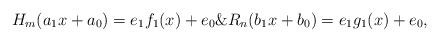
LaTeX: \begin{align*}H_m(a_1x+a_0)=e_1f_{1}(x)+e_0\& R_n(b_1x+b_0)=e_1g_{1}(x)+e_0,\end{align*}